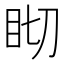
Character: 䀙